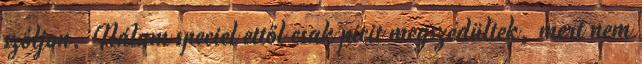
szóljon. Nálam speciel ettől csak picit megszédültek, mert nem